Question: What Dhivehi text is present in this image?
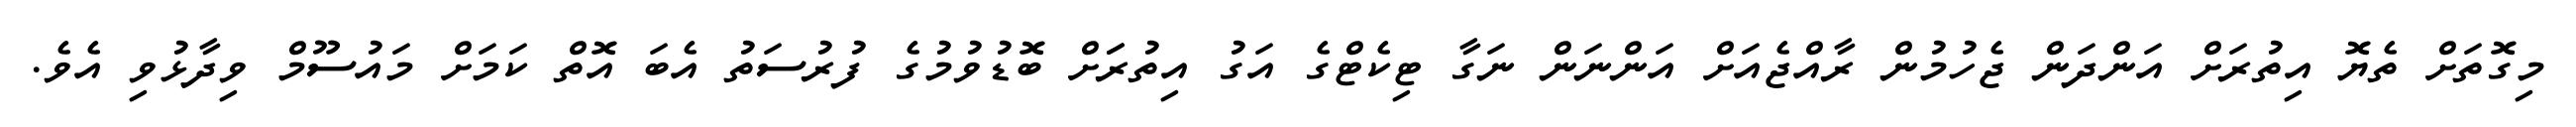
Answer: މިގޮތަށް ތެޔޮ އިތުރަށް އަންދަން ޖެހުމުން ރާއްޖެއަށް އަންނަން ނަގާ ޓިކެޓްގެ އަގު އިތުރަަށް ބޮޑުވުމުގެ ފުރުސަތު އެބަ އޮތް ކަމަށް މައުސޫމް ވިދާޅުވި އެވެ.